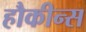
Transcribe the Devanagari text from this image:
हौकीन्स